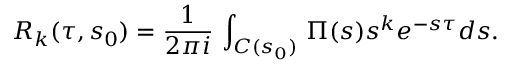
R _ { k } ( \tau , s _ { 0 } ) = \frac { 1 } { 2 \pi i } \, \int _ { C ( s _ { 0 } ) } \, \Pi ( s ) s ^ { k } e ^ { - s \tau } d s .